Report of the Hyderabad Chloroform Commission
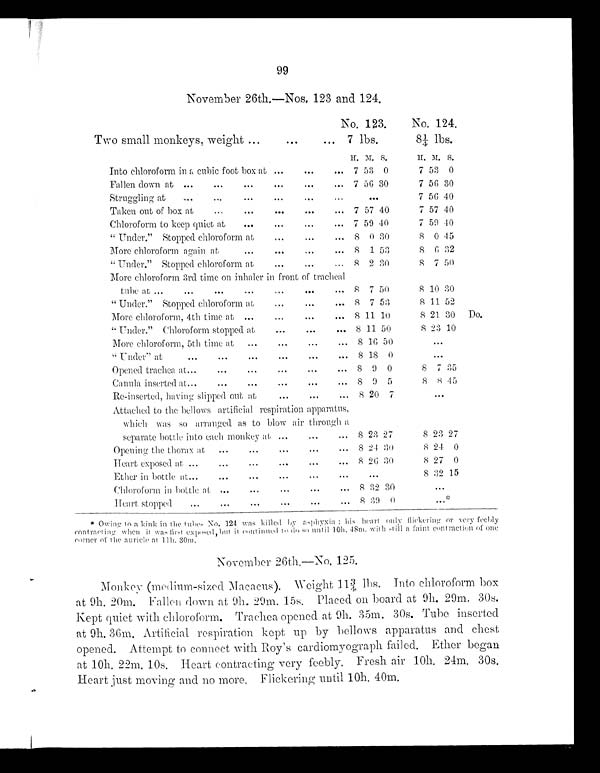
99
November 26th.—Nos. 123 and 124.
No. 123.
No. 124.
Two small monkeys, weight
7 lbs.
8¼ lbs.
H. M. S.
H. M. S.
Into chloroform in a cubic foot box at
7 53 0
7 53 0
Fallen down at
7 56 30
7 56 30
Struggling at
•••
7 56 40
Taken out of box at
7 57 40
7 57 40
Chloroform to keep quiet at
7 59 40
7 59 40
" Under." Stopped chloroform at
8 0 30
8 0 15
More chloroform again at
8
1 53
8 6 32
" Under." Stopped chloroform at
8
2 30
8 7 50
More chloroform 3rd time On inhaler in front of tracheal
tube at
8 7 50
8 10 30
"Under." Stopped chloroform at
8 7 53
8 11 52
More chloroform, 4th time at
8 11 10
5 21 30
Do.
" Under." Chloroform stopped at
8 11 50
8 23 10
More chloroform, 5th time at
8 16 50
•••
" Under" at
8 18 0
•••
Opened trachea at
8 9 0
8 7 35
Canula inserted at
8 9
5
8 8 4 5
Re-inserted, having slipped out at
5 20 7
•••
Attached to the bellows artificial respiration apparatus,
which was so arranged as to blow air through
a separate bottle into each monkey at
8 23 27
8 23 27
Opening the thorax at
8 24 30
8 24 0
Heart exposed at
8 26 30
8 27 0
Ether in bottle at
•••
8 32 15
...
Chloroform in bottle at
8 32 30
•••
Heart stopped
8 3 9 0
•••*
* Owing to a kink in the tubes No. 124 was killed by asphyxia : his heart only flickering or very feebly
contracting when it was first exposod, but it continued to do so until 10h. 48m. with still a faint contraction of one
corner of the auricle at 11h. 30m.
November 26th.—No. 125.
Monkey (medium-sized Macacus). Weight 11¾ lbs. Into chloroform box
at 9h. 20m. Fallen down at 9h. 29m. 15s. Placed on board at 9h. 29m. 30s.
Kept quiet with chloroform. Trachea opened at 9h. 35m. 30s. Tube inserted
at 9h. 36m. Artificial respiration kept up by bellows apparatus and chest
opened. Attempt to connect with Roy's cardiomyograph failed. Ether began
at 10h. 22m. 10s. Heart contracting very feebly. Fresh air 10h. 24m. 30s.
Heart just moving and no more, Flickering until 10h. 40m.